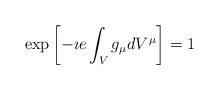
LaTeX: \begin{align*}\exp\left[-\imath e\int_{V}g_{\mu}dV^{\mu}\right]=1\end{align*}